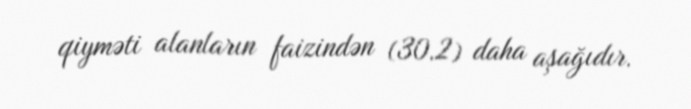
qiyməti alanların faizindən (30.2) daha aşağıdır.